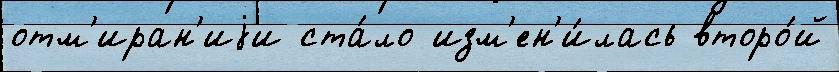
отм'иран'иjи ста́ло изм'ен'и́лась второ́й